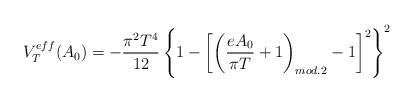
\begin{align*}V_T^{eff}(A_0) = -\frac{\pi^2T^4}{12}\left\{ 1 - \left[ \left(\frac{eA_0}{\pi T} + 1 \right)_{mod.2} - 1 \right]^2 \right\}^2\end{align*}